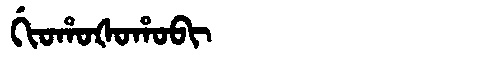
Manchu: ᡤᡳᠣᡥᠣᡧᠣᡥᠣᠪᡳ
Romanization: GIOHOŠOHOBI